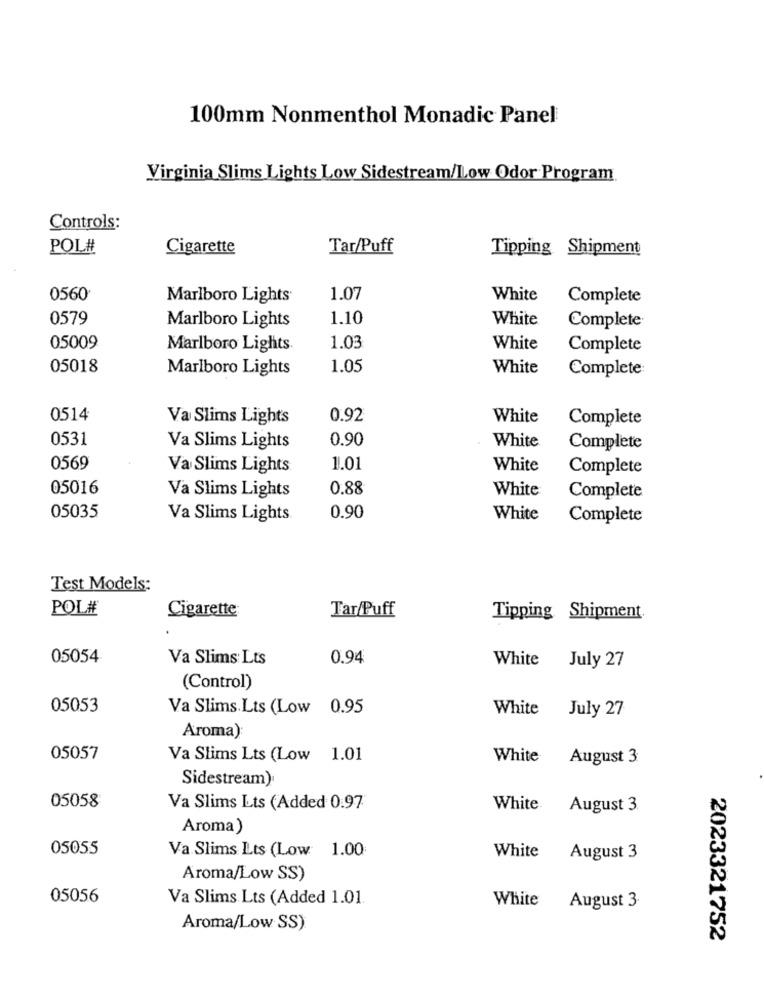
100mm Nonmenthol Monadic Panel
Virginia Slims Lights Low Sidestream/Low Odor Program
Controls:
POL#
Cigarette
Tar/Puff
Tipping Shipment
0560
Marlboro Lights
1.07
White
Complete
0579
1.10
White
Complete
Marlboro Lights
05009
Marlboro Lights.
1.03
White
Complete
05018
Marlboro Lights
1.05
White
Complete:
0.514
Va Slims Lights
0.92
White
Complete
0531
0.90
White
Va Slims Lights
Complete
0569
Va Slims Lights
1.01
White
Complete
05016
Va Slims Lights
0.88
White
Complete
05035
Va Slims Lights
0.90
White
Complete
Test Models:
POL#
Cigarette
Tar/Puff
Tipping Shipment.
05054
Va Slims Lts
0.94
White July 27
(Control)
05053
Va Slims.Lts (Low 0.95
White
July 27
Aroma)
05057
Va Slims Lts (Low 1.01
White
August 3
Sidestream)
05058
Va Slims Lts (Added 0.97
White.
August 3.
Aroma)
05055
Va Slims Lts (Low 1.00
White
August 3
Aroma/Low SS)
05056
Va Slims Lts (Added 1.01.
White
August 3.
Aroma/Low SS)
2023321752